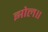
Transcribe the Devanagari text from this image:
झोल॥